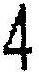
4